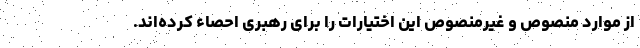
از موارد منصوص و غیرمنصوص این اختیارات را برای رهبری احصاء کرده‌اند.